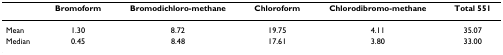
|  | Bromoform | Bromodichloro-methane | Chloroform | Chlorodibromo-methane | Total 551 |
 | --- | --- | --- | --- | --- | --- |
 | Mean | 1.30 | 8.72 | 19.75 | 4.11 | 35.07 |
 | Median | 0.45 | 8.48 | 17.61 | 3.80 | 33.00 |